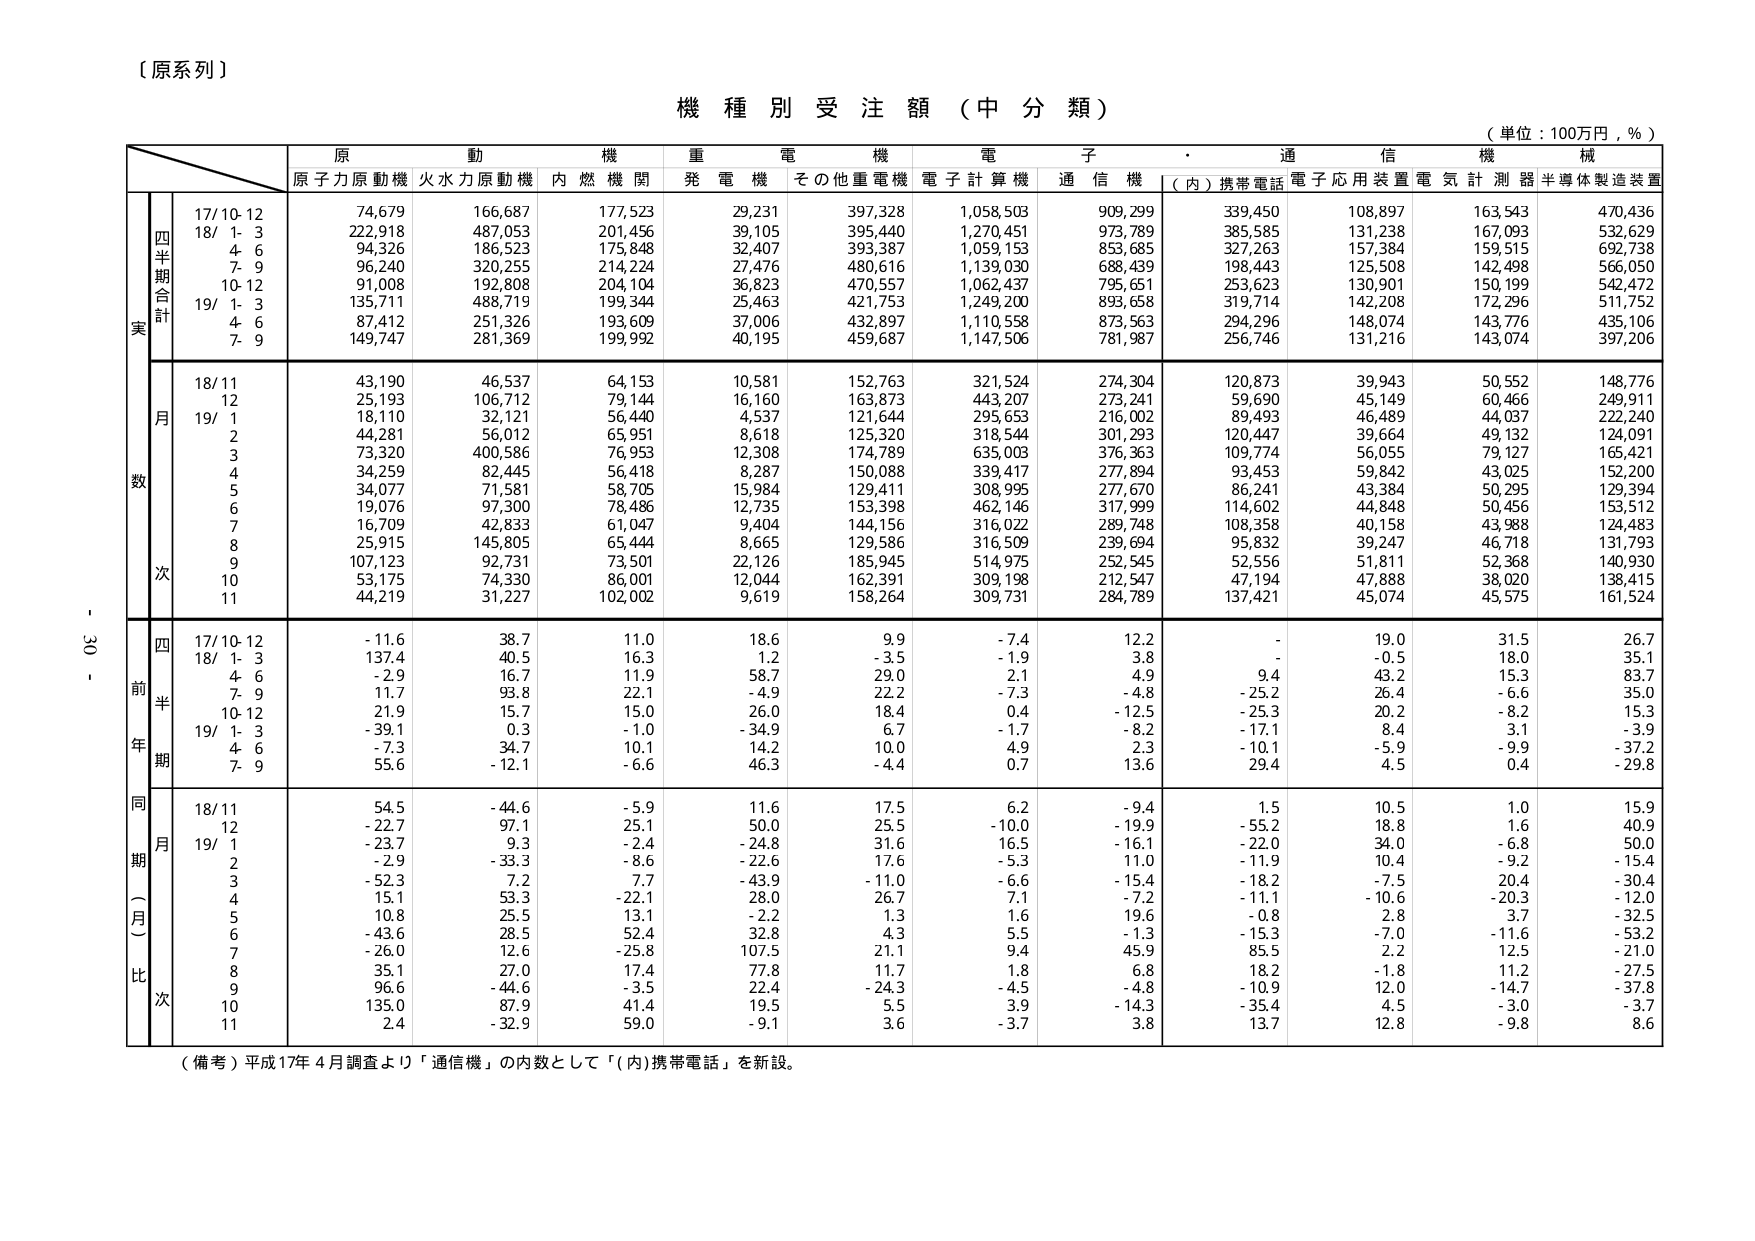
〔原系列〕

機種別受注額（中分類）

（単位：100万円，％）

原動機　重電機　電子・通信機械
原子力原動機　火力原動機　内燃機関　発電機　その他重電機　電子計算機　通信機　（内）携帯電話　電子応用装置　電気計測器　半導体製造装置

四半期合計
17/10-12　74,679　166,687　177,523　29,231　397,328　1,058,503　909,299　339,450　108,897　163,543　470,436
18/1-3　222,918　487,053　201,456　39,105　395,440　1,270,451　973,789　385,585　131,238　167,093　532,629
4-6　94,326　186,523　175,848　32,407　393,387　1,059,153　853,685　327,263　157,384　159,515　692,738
7-9　96,240　320,255　214,224　27,476　480,616　1,139,030　688,439　198,443　125,508　142,498　566,050
10-12　91,008　192,808　204,104　36,823　470,557　1,062,437　795,651　253,623　130,901　150,199　542,472
19/1-3　135,711　488,719　199,344　25,463　421,753　1,249,200　893,658　319,714　142,208　172,296　511,752
4-6　87,412　251,326　193,609　37,006　432,897　1,110,558　873,563　294,296　148,074　143,776　435,106
7-9　149,747　281,369　199,992　40,195　459,687　1,147,506　781,987　256,746　131,216　143,074　397,206

月次
18/11　43,190　46,537　64,153　10,581　152,763　321,524　274,304　120,873　39,943　50,552　148,776
12　25,193　106,712　79,144　16,160　163,873　443,207　273,241　59,690　45,149　60,466　249,911
19/1　18,110　32,121　56,440　4,537　121,644　295,653　216,002　89,493　46,489　44,037　222,240
2　44,281　56,012　65,951　8,618　125,320　318,544　301,293　120,447　39,664　49,132　124,091
3　73,320　400,586　76,953　12,308　174,789　635,003　376,363　109,774　56,055　79,127　165,421
4　34,259　82,445　56,418　8,287　150,088　339,417　277,894　93,453　59,842　43,025　152,200
5　34,077　71,581　58,705　15,984　129,411　308,995　277,670　86,241　43,384　50,295　129,394
6　19,076　97,300　78,486　12,735　153,398　462,146　317,999　114,602　44,848　50,456　153,512
7　16,709　42,833　61,047　9,404　144,156　316,022　289,748　108,358　40,158　43,988　124,483
8　25,915　145,805　65,444　8,665　129,586　316,509　239,694　95,832　39,247　46,718　131,793
9　107,123　92,731　73,501　22,126　185,945　514,975　252,545　52,556　51,811　52,368　140,930
10　53,175　74,330　86,001　12,044　162,391　309,198　212,547　47,194　47,888　38,020　138,415
11　44,219　31,227　102,002　9,619　158,264　309,731　284,789　137,421　45,074　45,575　161,524

四半期前年比
17/10-12　-11.6　38.7　11.0　18.6　9.9　-7.4　12.2　-　19.0　31.5　26.7
18/1-3　137.4　40.5　16.3　1.2　-3.5　-1.9　3.8　-　-0.5　18.0　35.1
4-6　-2.9　16.7　11.9　58.7　29.0　2.1　4.9　9.4　43.2　15.3　83.7
7-9　11.7　93.8　22.1　-4.9　22.2　-7.3　-4.8　-25.2　26.4　-6.6　35.0
10-12　21.9　15.7　15.0　26.0　18.4　0.4　-12.5　-25.3　20.2　-8.2　15.3
19/1-3　-39.1　0.3　-1.0　-34.9　6.7　-1.7　-8.2　-17.1　8.4　3.1　-3.9
4-6　-7.3　34.7　10.1　14.2　10.0　4.9　2.3　-10.1　5.9　-9.9　37.2
7-9　55.6　-12.1　-6.6　46.3　-4.4　0.7　13.6　29.4　4.5　0.4　-29.8

同期（月）比
18/11　54.5　-44.6　-5.9　11.6　17.5　6.2　-9.4　1.5　10.5　1.0　15.9
12　-22.7　97.1　25.1　50.0　25.5　-10.0　-19.9　-55.2　18.8　1.6　40.9
19/1　-23.7　9.3　-2.4　-24.8　31.6　16.5　-16.1　-22.0　34.0　-6.8　50.0
2　-2.9　-33.3　-8.6　-22.6　17.6　-5.3　11.0　-11.9　10.4　-9.2　-15.4
3　-52.3　7.2　7.7　-43.9　-11.0　-6.6　-15.4　-18.2　-7.5　20.4　-30.4
4　15.1　53.3　-22.1　28.0　26.7　7.1　-7.2　-11.1　-10.6　-20.3　-12.0
5　10.8　25.5　13.1　-2.2　1.3　1.6　19.6　-0.8　2.8　3.7　-32.5
6　-43.6　28.5　52.4　32.8　4.3　5.5　-1.3　-15.3　-7.0　-11.6　-53.2
7　-26.0　12.6　-25.8　107.5　21.1　9.4　45.9　85.5　2.2　12.5　-21.0
8　35.1　27.0　17.4　77.8　11.7　1.8　6.8　18.2　-1.8　11.2　-27.5
9　96.6　-44.6　-3.5　22.4　-24.3　-4.5　-4.8　-10.9　12.0　-14.7　-37.8
10　135.0　87.9　41.4　19.5　5.5　3.9　-14.3　-35.4　4.5　-3.0　-3.7
11　2.4　-32.9　59.0　-9.1　3.6　-3.7　3.8　13.7　12.8　-9.8　8.6

（備考）平成17年4月調査より「通信機」の内数として「（内）携帯電話」を新設。

- 30 -